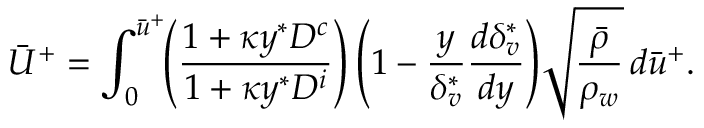
\Bar { U } ^ { + } = \int _ { 0 } ^ { \Bar { u } ^ { + } } \! \! \left( { \frac { 1 + \kappa y ^ { * } { D ^ { c } } } { 1 + \kappa { y ^ { * } } { D ^ { i } } } } \right) { \left( { 1 - \frac { y } { \delta _ { v } ^ { * } } \frac { d \delta _ { v } ^ { * } } { d y } } \right) } \sqrt { \frac { \Bar { \rho } } { \rho _ { w } } } \, { d \Bar { u } ^ { + } } .